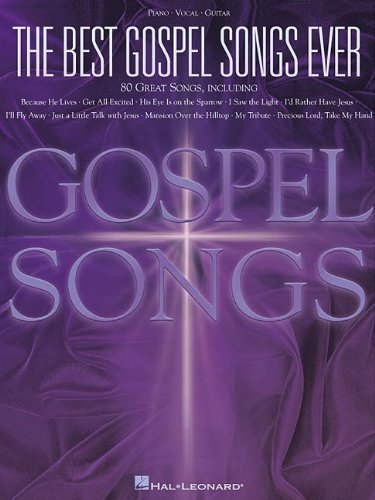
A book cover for The Best Gospel Songs Ever; Christian Books & Bibles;